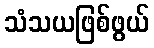
သံသယဖြစ်ဖွယ်